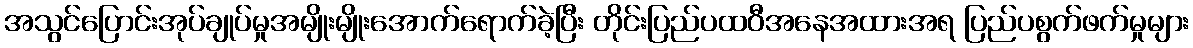
အသွင်ပြောင်းအုပ်ချုပ်မှုအမျိုးမျိုးအောက်ရောက်ခဲ့ပြီး တိုင်းပြည်ပထဝီအနေအထားအရ ပြည်ပစွက်ဖက်မှုများ